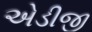
એડીજી